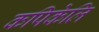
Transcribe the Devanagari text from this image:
कपिकेलि